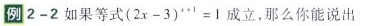
例2-2如果等式$$( 2 x - 3 ) ^